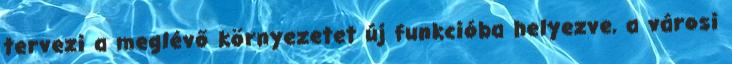
tervezi a meglévő környezetet új funkcióba helyezve, a városi